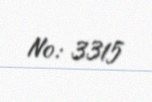
№: 3315